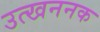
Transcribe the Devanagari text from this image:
उत्खननक